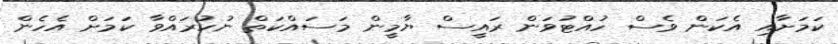
ކަމަށާއި އެކަން ވެސް ހުއްޓުވަން ރައީސް ޔާމީން މަސައްކަތް ނުކުރައްވާ ކަމަށް އެހެން